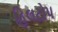
હિલટોપ